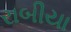
રાબીયા